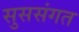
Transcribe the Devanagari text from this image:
सुससंगत